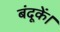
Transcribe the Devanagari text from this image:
बंदूकें।